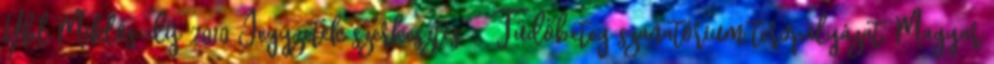
Ybl Miklós-díj 2010 Jegyzetek szerkesztés ↑ Tüdőbeteg szanatórium tervpályázat. Magyar